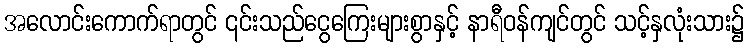
အလောင်းကောက်ရာတွင် ၎င်းသည်ငွေကြေးများစွာနှင့် နာရီဝန်ကျင်တွင် သင့်နှလုံးသား၌